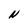
Character: N